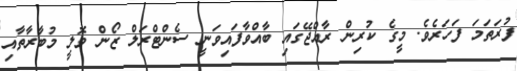
ފުރަތަމަ ފަހަރެވެ. މީގެ ކުރިން ރާއްޖޭގައި ބާއްވާފައިވަނީ ސެންޓްރަލް ޒޯން ވޮލީ މުބާރާތާއި